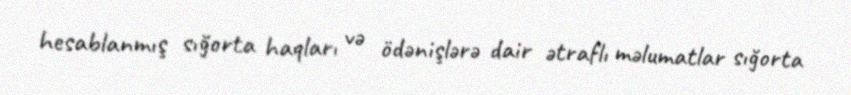
hesablanmış sığorta haqları və ödənişlərə dair ətraflı məlumatlar sığorta